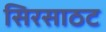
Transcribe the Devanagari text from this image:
सिरसाठट